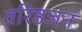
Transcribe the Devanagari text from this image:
वरिष्ठजन